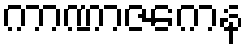
ကာဏာဇကေန